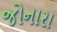
જોનારા